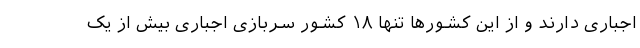
اجباری دارند و از این کشورها تنها ۱۸ کشور سربازی اجباری بیش از یک